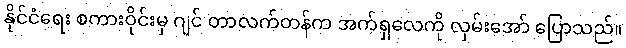
နိုင်ငံရေး စကားဝိုင်းမှ ဂျင် တာလက်တန်က အက်ရှလေကို လှမ်းအော် ပြောသည်။